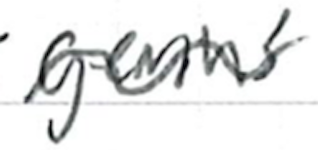
Text: genus
Cross-out: wave
Writing tool: ballpoint